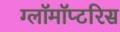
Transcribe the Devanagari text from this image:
ग्लॉमॉप्टरिस